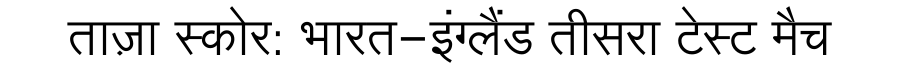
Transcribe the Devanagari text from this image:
ताज़ा स्कोर: भारत-इंग्लैंड तीसरा टेस्ट मैच